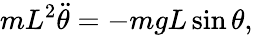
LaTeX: mL^{2}{\ddot{\theta}}=-mgL\sin\theta,